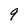
Character: 9